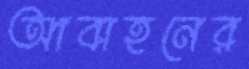
আবাহনের